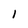
Character: I